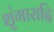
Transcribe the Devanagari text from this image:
शृंगारादि